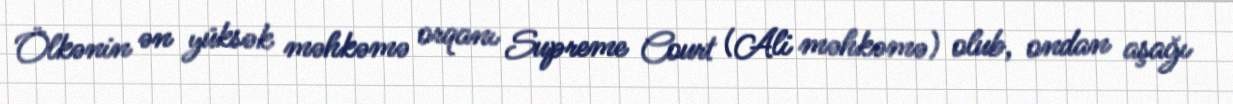
Ölkənin ən yüksək məhkəmə orqanı Supreme Court (Ali məhkəmə) olub, ondan aşağı